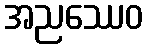
အညဿေဝ